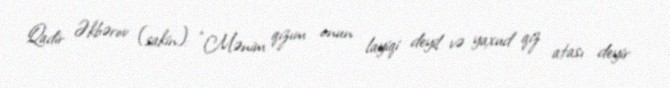
Qadir Əkbərov (sakin): “Mənim qızım onun layiqi deyil və yaxud qız atası deyir